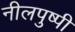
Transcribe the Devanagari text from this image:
नीलपुष्पी